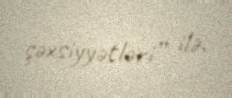
şəxsiyyətləri” ilə.